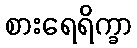
စားရေရိက္ခာ